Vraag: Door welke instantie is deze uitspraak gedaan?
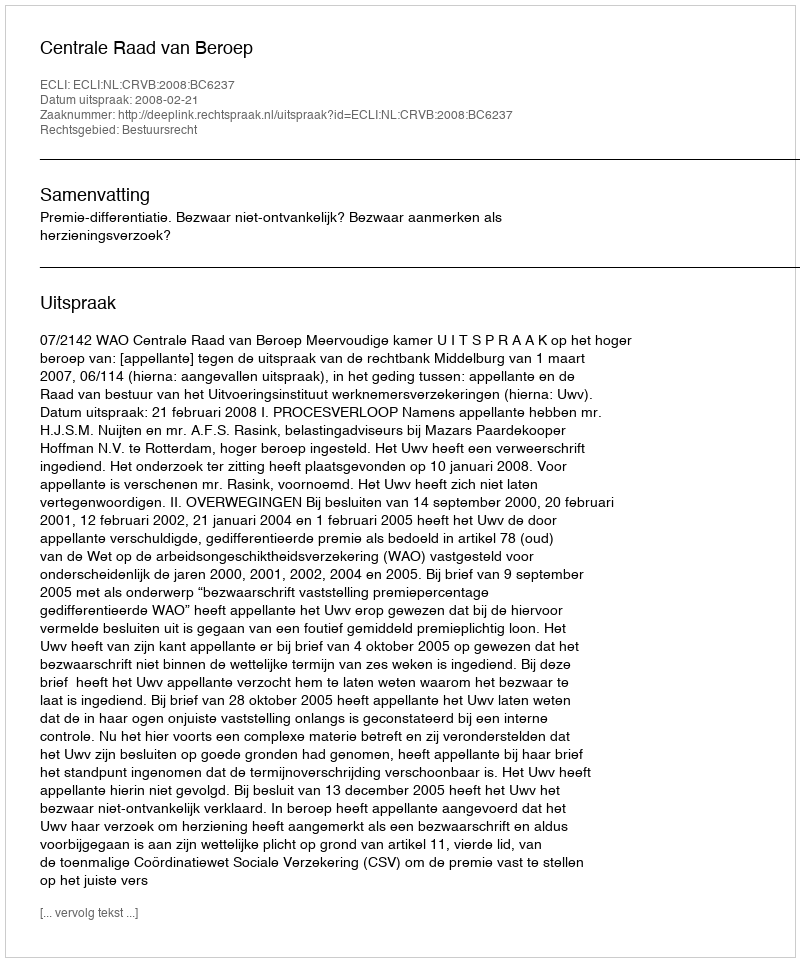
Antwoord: Centrale Raad van Beroep